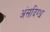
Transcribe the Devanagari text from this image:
अंसदिग्ध